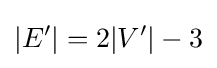
|E'|=2|V'|-3